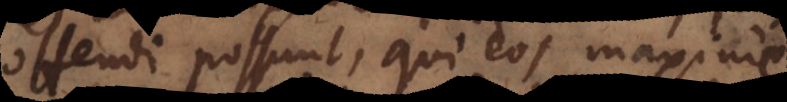
offendi possunt, qui eos maxime